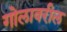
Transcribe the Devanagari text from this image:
गोलावरील